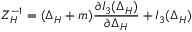
Z _ { H } ^ { - 1 } = ( \Delta _ { H } + m ) { \frac { \partial I _ { 3 } ( \Delta _ { H } ) } { \partial \Delta _ { H } } } + I _ { 3 } ( \Delta _ { H } )